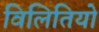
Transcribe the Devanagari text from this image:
विलितियो